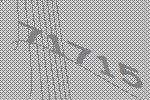
71715